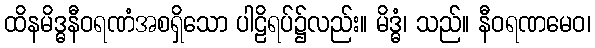
ထိနမိဒ္ဓနီဝရဏံအစရှိသော ပါဠိရပ်၌လည်း။ မိဒ္ဓံ၊ သည်။ နီဝရဏမေဝ၊